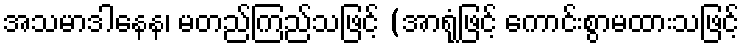
အသမာဒါနေန၊ မတည်ကြည်သဖြင့် (အာရုံဖြင့် ကောင်းစွာမထားသဖြင့်